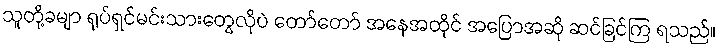
သူတို့ခမျာ ရုပ်ရှင်မင်းသားတွေလိုပဲ တော်တော် အနေအထိုင် အပြောအဆို ဆင်ခြင်ကြ ရသည်။